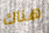
هناك